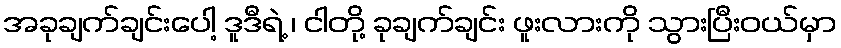
အခုချက်ချင်းပေါ့ ဒူဒီရဲ့ ၊ ငါတို့ ခုချက်ချင်း ဖူးလားကို သွားပြီးဝယ်မှာ